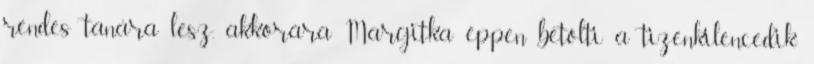
rendes tanára lesz, akkorára Margitka éppen betölti a tizenkilencedik